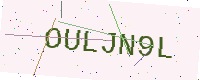
Text: OULJN9L